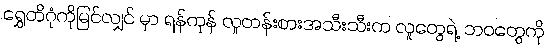
ရွှေတိဂုံကိုမြင်လျှင် မှာ ရန်ကုန် လူတန်းစားအသီးသီးက လူတွေရဲ့ ဘဝတွေကို